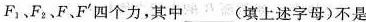
F_{1}、F_{2}、F、F^{\prime} 四个力，其中___(填上述字母)不是